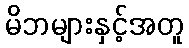
မိဘများနှင့်အတူ